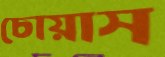
চোয়াস